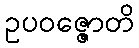
ဥပဝဇ္ဇောတိ